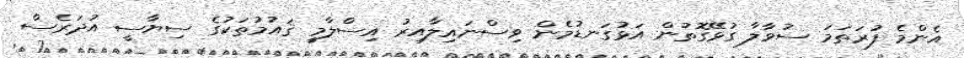
އެންމެ ފުރަތަމަ ސުވާލާ ގުޅޭގޮތުން އަޅުގަނޑުމެން ވިސްނައިލާއިރު އިސްލާމީ ޤައުމުތަކުގެ ސިޔާސީ އުދަރެސް